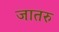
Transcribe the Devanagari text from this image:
जातरु